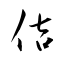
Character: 佶